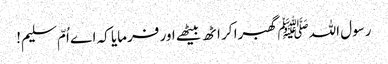
رسول اللہﷺ گھبرا کر اٹھ بیٹھے اور فرمایا کہ اے اُمّ سلیم!